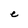
Character: e